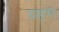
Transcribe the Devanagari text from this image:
ग्रहणा